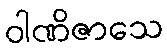
ဝါဏိဇာသေ